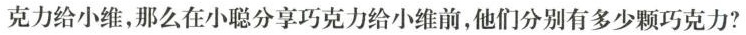
克力给小维，那么在小聪分享巧克力给小维前，他们分别有多少颗巧克力?